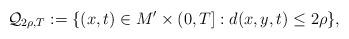
LaTeX: \begin{align*}\mathcal{Q}_{2\rho,T}:= \{(x,t)\in M'\times(0,T]: d(x, y, t)\leq 2\rho\},\end{align*}